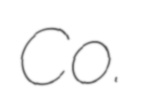
Co.